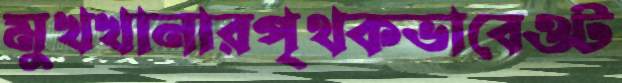
মুখখানারপৃথকভাবেওট